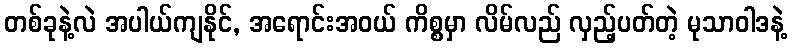
တစ်ခုနဲ့လဲ အပါယ်ကျနိုင်, အရောင်းအဝယ် ကိစ္စမှာ လိမ်လည် လှည့်ပတ်တဲ့ မုသာဝါဒနဲ့